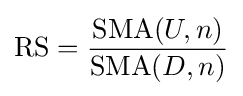
{\text{RS}}={\frac {{\text{SMA}}(U,n)}{{\text{SMA}}(D,n)}}